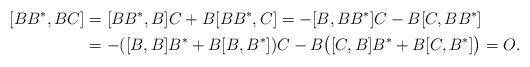
LaTeX: \begin{align*}[B B^*, BC] &= [B B^*, B]C + B [B B^*, C] = -[B, B B^*]C-B[C, BB^*]\\&= -([B, B] B^*+ B[B, B^*])C-B\big([C, B] B^* + B [C, B^*]\big) = O.\end{align*}